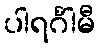
ပါရင်္ဂါမီ